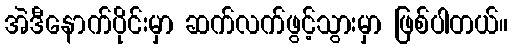
အဲဒီနောက်ပိုင်းမှာ ဆက်လက်ဖွင့်သွားမှာ ဖြစ်ပါတယ်။